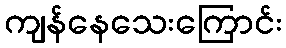
ကျန်နေသေးကြောင်း